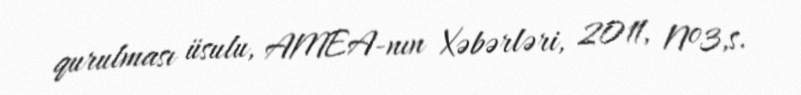
qurulması üsulu, AMEA-nın Xəbərləri, 2011, №3,s.